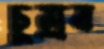
চুম্‌রব